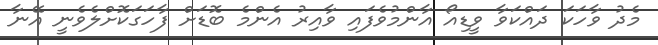
މެދު ވާހަކަ ދައްކަވާ ވީޑިއޯ އާންމުވެފައި ވާއިރު އެންމެ ބޮޑަށް ފާހަގަކޮށްލެވެނީ އޭނާ